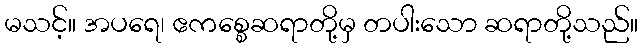
မသင့်။ အပရေ၊ ဧကစ္စေဆရာတို့မှ တပါးသော ဆရာတို့သည်။